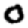
Digit: 0